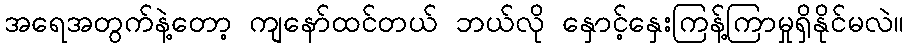
အရေအတွက်နဲ့တော့ ကျနော်ထင်တယ် ဘယ်လို နှောင့်နှေးကြန့်ကြာမှုရှိနိုင်မလဲ။